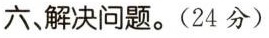
六、解决问题。(24分)